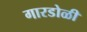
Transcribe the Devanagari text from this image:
गारडोळी